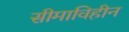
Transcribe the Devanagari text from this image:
सीमाविहीन